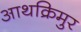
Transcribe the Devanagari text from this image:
आथक्रिमुर